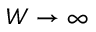
W \to \infty